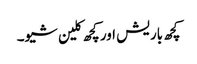
کچھ باریش اور کچھ کلین شیو۔